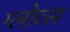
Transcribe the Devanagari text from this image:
ग्लोव्स